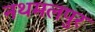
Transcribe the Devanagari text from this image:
नथमलपुर